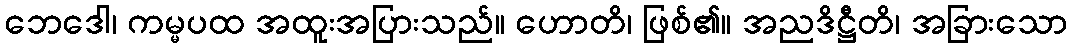
ဘေဒေါ၊ ကမ္မပထ အထူးအပြားသည်။ ဟောတိ၊ ဖြစ်၏။ အညဒိဋ္ဌီတိ၊ အခြားသော